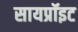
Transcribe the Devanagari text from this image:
सायप्रॉइट